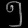
Digit: ၅